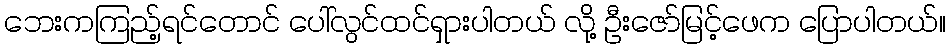
ဘေးကကြည့်ရင်တောင် ပေါ်လွင်ထင်ရှားပါတယ် လို့ ဦးဇော်မြင့်ဖေက ပြောပါတယ်။